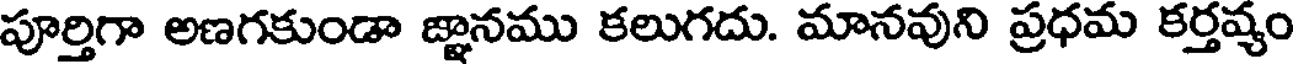
పూర్తిగా అణగకుండా జ్ఞానము కలుగదు. మానవుని ప్రధమ కర్తవ్యం